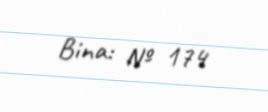
Bina: № 174